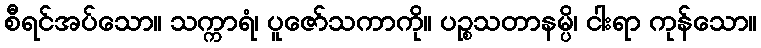
စီရင်အပ်သော။ သက္ကာရံ၊ ပူဇော်သကာကို။ ပဉ္စသတာနမ္ပိ၊ ငါးရာ ကုန်သော။